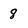
Character: 8